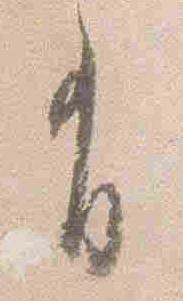
有